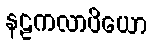
နဠကလာပိယော